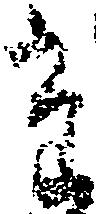
た